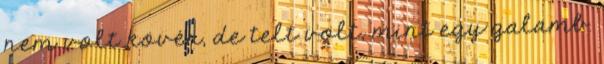
nem volt kövér, de telt volt, mint egy galamb.